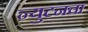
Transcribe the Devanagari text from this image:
न्युटनचा